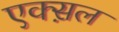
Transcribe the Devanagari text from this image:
एक्स़ल